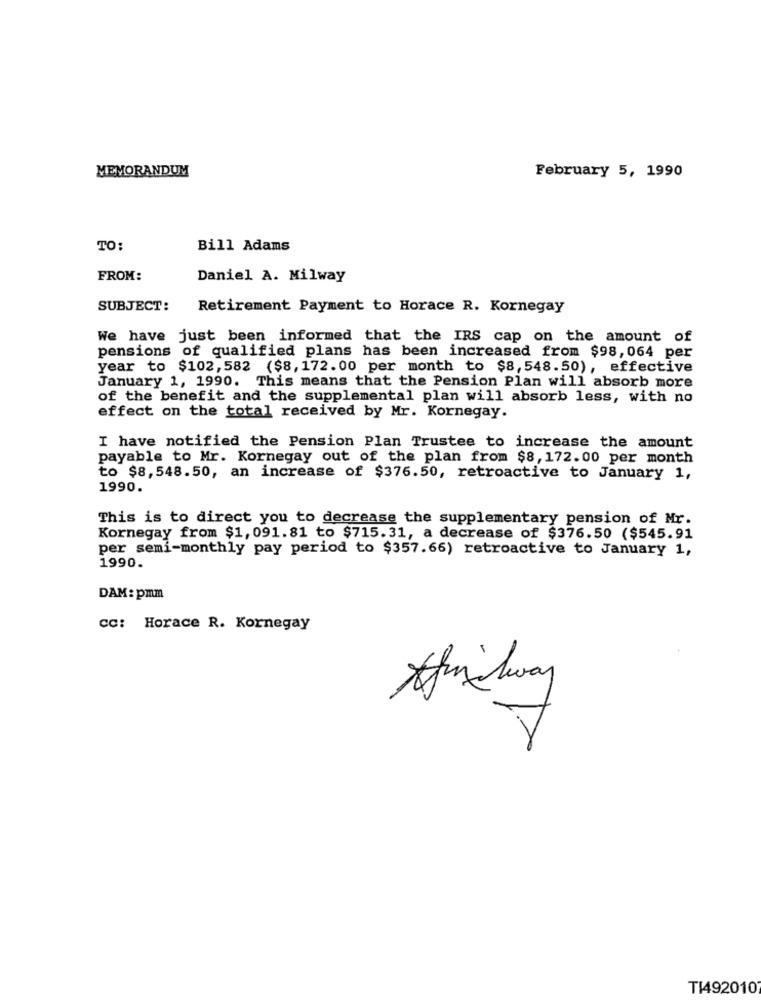
MEMORANDUM
February 5, 1990
TO:
Bill Adams
FROM:
Daniel A. Milway
SUBJECT:
Retirement Payment to Horace R. Kornegay
We have just been informed that the IRS cap on the amount of
pensions of qualified plans has been increased from $98,064 per
year to $102, 582 ($8, 172.00 per month to $8,548.50), effective
January 1, 1990. This means that the Pension Plan will absorb more
of the benefit and the supplemental plan will absorb less, with no
effect on the total received by Mr. Kornegay.
I have notified the Pension Plan Trustee to increase the amount
payable to Mr. Kornegay out of the plan from $8,172.00 per month
to $8,548.50, an increase of $376.50, retroactive to January 1,
1990.
This is to direct you to decrease the supplementary pension of Mr.
Kornegay from $1, 091.81 to $715.31, a decrease of $376.50 ($545.91
per semi-monthly pay period to $357.66) retroactive to January 1,
1990.
DAM: pmm
cc: Horace R. Kornegay
Amway
T1492010